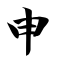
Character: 申